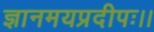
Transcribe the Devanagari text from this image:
ज्ञानमयप्रदीपः।।